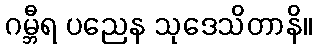
ဂမ္ဘီရ ပညေန သုဒေသိတာနိ။